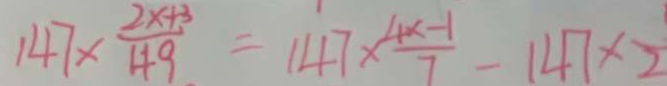
1 4 7 \times \frac { 2 x + 3 } { 4 9 } = 1 4 7 \times \frac { 4 x - 1 } { 7 } - 1 4 7 \times 2